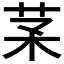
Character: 𦬽